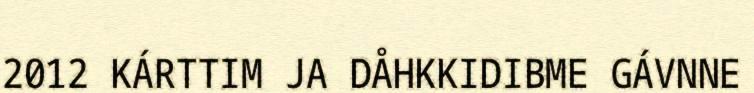
2012 KÁRTTIM JA DÅHKKIDIBME GÁVNNE